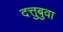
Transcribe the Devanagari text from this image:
दत्तुबुवा